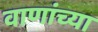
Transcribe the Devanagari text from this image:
वाणांच्या